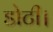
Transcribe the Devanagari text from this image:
डोटी।